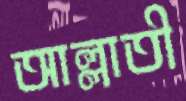
আল্লাতী